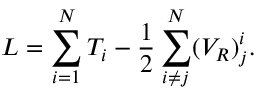
L = \sum _ { i = 1 } ^ { N } T _ { i } - { \frac { 1 } { 2 } } \sum _ { i \neq j } ^ { N } ( V _ { R } ) _ { j } ^ { i } .